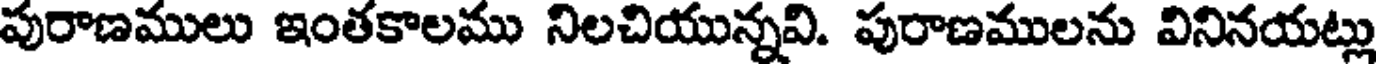
పురాణములు ఇంతకాలము నిలచియున్నవి. పురాణములను వినినయట్లు